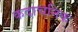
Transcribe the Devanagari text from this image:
कदाचनिक